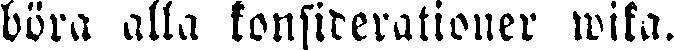
böra alla konsiderationer wisa.